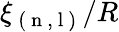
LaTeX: \xi_{\mathrm{~(~n~,~l~)~}}/R